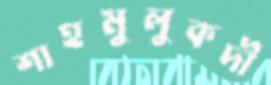
শাহমুলুকদী